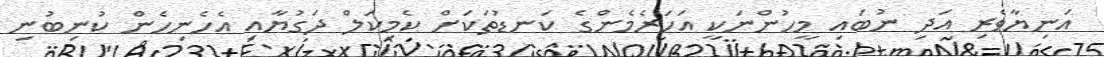
އަނިޔާވެރި އަދި ނުބައި މީހުންނަކީ އަހަރެމެންގެ ކަނޑުތަކަށް ކެމިކަލް ދަގުޔާއި އެހެނިހެން ކުނިބުނި